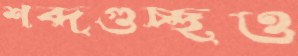
শব্দগুচ্ছও